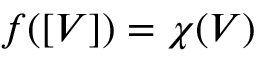
f ( [ V ] ) = \chi ( V )